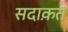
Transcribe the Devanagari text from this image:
सदाक़त